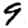
Digit: 9